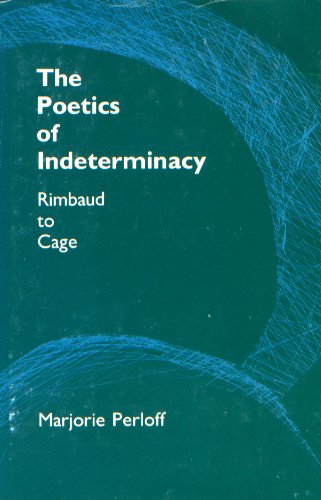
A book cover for Poetics of Indeterminacy; Marjorie Perloff; Literature & Fiction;